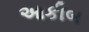
આકીબ